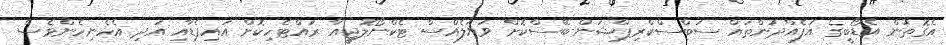
އެގޮތުން އެޑޯބީގެ އުފެއްދުންތައް ސަބްސްކްރިޕްޝަން-ބޭސްކޮށް ވަޔަލެއްސް ޓެކްނޯލޮޖީއާ ރައްޓެހިކޮށް އައިޕެޑާއި އަދި އެހެނިހެންވެސް